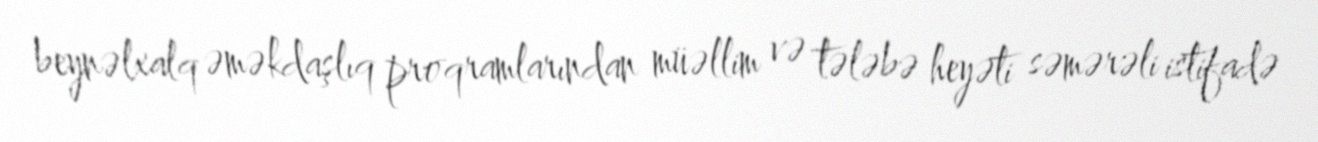
beynəlxalq əməkdaşlıq proqramlarından müəllim və tələbə heyəti səmərəli istifadə